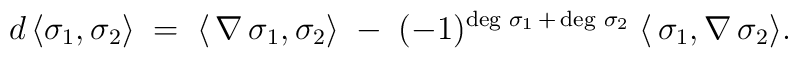
d \,\langle \sigma_1,\sigma_2\rangle\;=\;\langle\,\nabla\,\sigma_1,\sigma_2\rangle\;-\;(-1)^{\deg\,\sigma_1\,+\,\deg\,\sigma_2}\;\langle\,\sigma_1,\nabla\,\sigma_2\rangle .